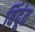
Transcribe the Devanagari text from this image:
बिंदूंत